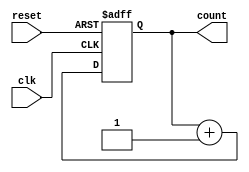
module synchronous_counter(
    input clk,
    input reset,
    output reg [3:0] count
);
    always @(posedge clk or posedge reset) begin
        if (reset)
            count <= 0;
        else
            count <= count + 1;
    end
endmodule